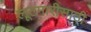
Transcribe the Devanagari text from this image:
लूटमारीसाठी